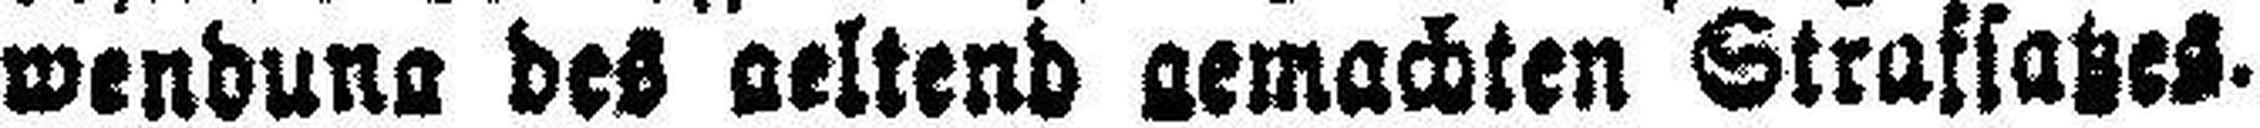
wendung des geltend gemachten Strafsatzes.